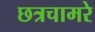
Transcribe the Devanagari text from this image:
छत्रचामरे